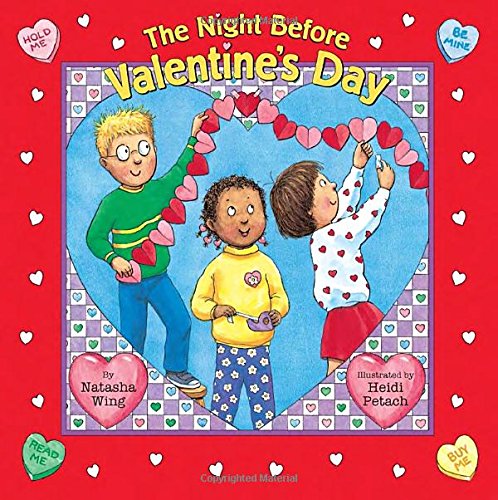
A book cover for The Night Before Valentine's Day; Natasha Wing; Children's Books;